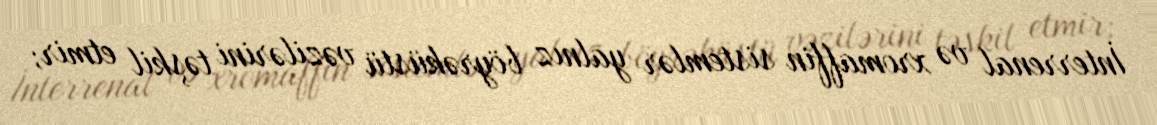
İnterrenal və xromaffin sistemlər yalnız böyrəküstü vəzilərini təşkil etmir;